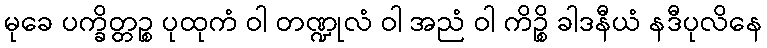
မုခေ ပက္ခိတ္တဉ္စ ပုထုကံ ဝါ တဏ္ဍုလံ ဝါ အညံ ဝါ ကိဉ္စိ ခါဒနီယံ နဒီပုလိနေ